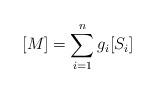
LaTeX: \begin{align*} [M] = \sum_{i=1}^{n} g_i[S_i] \end{align*}